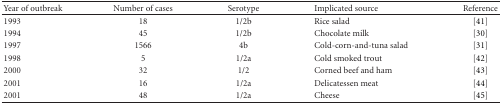
<table><thead><tr><td><b>Year of outbreak</b></td><td><b>Number of cases</b></td><td><b>Serotype</b></td><td><b>Implicated source</b></td><td><b>Reference</b></td></tr></thead><tbody><tr><td>1993</td><td>18</td><td>1/2b</td><td>Rice salad</td><td> [41]</td></tr><tr><td>1994</td><td>45</td><td>1/2b</td><td>Chocolate milk</td><td> [30]</td></tr><tr><td>1997</td><td>1566</td><td>4b</td><td>Cold-corn-and-tuna salad</td><td>[31]</td></tr><tr><td>1998</td><td>5</td><td>1/2a</td><td>Cold smoked trout</td><td> [42]</td></tr><tr><td>2000</td><td>32</td><td>1/2</td><td>Corned beef and ham</td><td>[43]</td></tr><tr><td>2001</td><td>16</td><td>1/2a</td><td>Delicatessen meat</td><td> [44]</td></tr><tr><td>2001</td><td>48</td><td>1/2a</td><td>Cheese</td><td> [45]</td></tr></tbody></table>